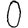
Digit: 0